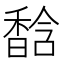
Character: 馠